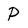
Character: P